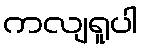
ကလျရူပါ